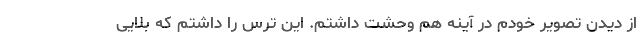
از دیدن تصویر خودم در آینه هم وحشت داشتم. این ترس را داشتم که بلایی